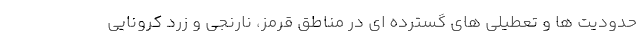
حدوديت ها و تعطيلى هاى گسترده اى در مناطق قرمز، نارنجى و زرد كرونايى